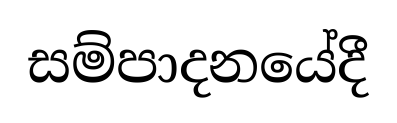
සම්පාදනයේදී